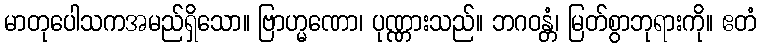
မာတုပေါသကအမည်ရှိသော။ ဗြာဟ္မဏော၊ ပုဏ္ဏားသည်။ ဘဂဝန္တံ၊ မြတ်စွာဘုရားကို။ ဧတံ